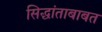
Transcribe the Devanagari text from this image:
सिद्धांताबाबत